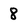
Character: 8